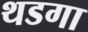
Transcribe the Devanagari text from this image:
थडगा